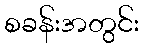
စခန်းအတွင်း